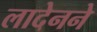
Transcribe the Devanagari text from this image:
लादेनने